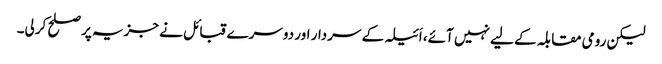
لیکن رومی مقابلہ کے لیے نہیں آئے، اَئیلہ کے سردار اور دوسرے قبائل نے جزیہ پر صلح کرلی۔